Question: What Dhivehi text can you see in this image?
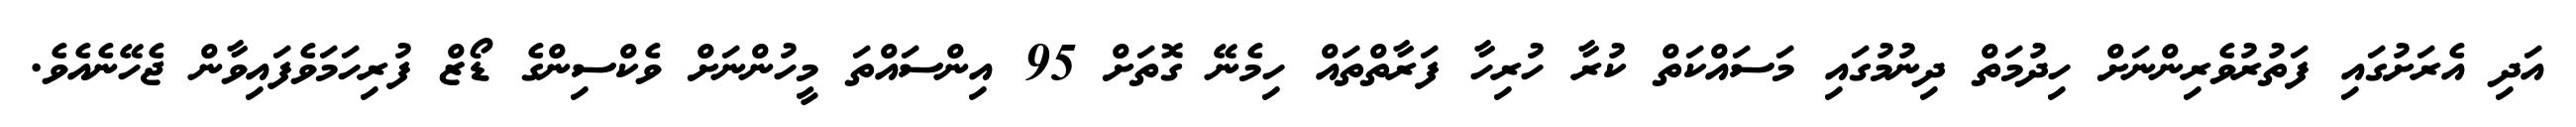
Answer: އަދި އެރަށުގައި ފަތުރުވެރިންނަށް ހިދުމަތް ދިނުމުގައި މަސައްކަތް ކުރާ ހުރިހާ ފަރާތްތައް ހިމެނޭ ގޮތަށް 95 އިންސައްތަ މީހުންނަށް ވެކްސިންގެ ޑޯޒް ފުރިހަމަވެފައިވާން ޖެހޭނެއެވެ.